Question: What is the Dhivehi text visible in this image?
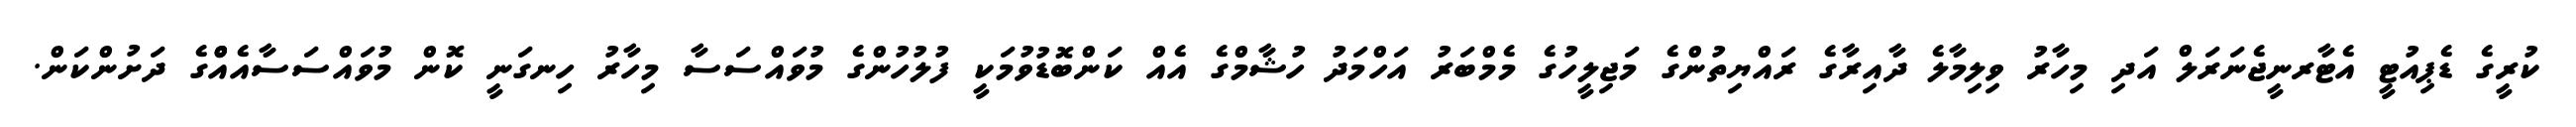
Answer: ކުރީގެ ޑެޕިއުޓީ އެޓާރނީޖެނަރަލް އަދި މިހާރު ވިލިމާލެ ދާއިރާގެ ރައްޔިތުންގެ މަޖިލީހުގެ މެމްބަރު އަހްމަދު ހުޝާމްގެ އެއް ކަންބޮޑުވުމަކީ ފުލުހުންގެ މުވައްސަސާ މިހާރު ހިނގަނީ ކޮން މުވައްސަސާއެއްްގެ ދަށުންކަން.